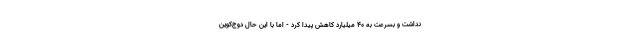
نداشت و بسرعت به ۴۰ میلیارد کاهش پیدا کرد - اما با این حال دوج‌کوین